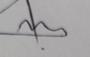
Signature authenticity: genuine